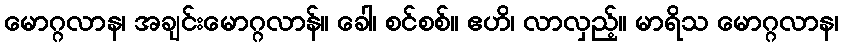
မောဂ္ဂလာန၊ အချင်းမောဂ္ဂလာန်။ ခေါ၊ စင်စစ်။ ဧဟိ၊ လာလှည့်။ မာရိသ မောဂ္ဂလာန၊